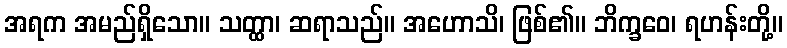
အရက အမည်ရှိသော။ သတ္ထာ၊ ဆရာသည်။ အဟောသိ၊ ဖြစ်၏။ ဘိက္ခဝေ၊ ရဟန်းတို့။